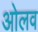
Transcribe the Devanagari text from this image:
ओलव